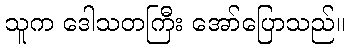
သူက ဒေါသတကြီး အော်ပြောသည်။